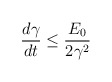
\begin{align*}\frac {d \gamma}{dt} \leq \frac {E_0}{2 \gamma^2}\end{align*}